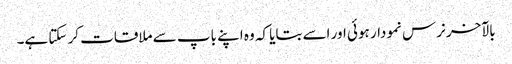
بالآخر نرس نمودار ہوئی اور اسے بتایا کہ وہ اپنے باپ سے ملاقات کر سکتا ہے۔